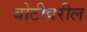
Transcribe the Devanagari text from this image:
बोटीवरील